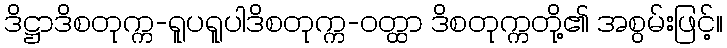
ဒိဋ္ဌာဒိစတုက္က-ရူပရူပါဒိစတုက္က-ဝတ္ထာ ဒိစတုက္ကတို့၏ အစွမ်းဖြင့်။